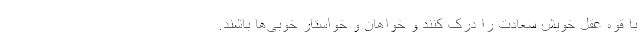
با قوه عقل خویش سعادت را درک کنند و خواهان و خواستار خوبی‌ها باشند.